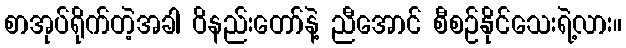
စာအုပ်ရိုက်တဲ့အခါ ဝိနည်းတော်နဲ့ ညီအောင် စီစဉ်နိုင်သေးရဲ့လား။